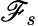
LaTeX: \mathscr{F}_{s}